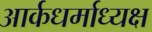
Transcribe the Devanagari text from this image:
आर्कधर्माध्यक्ष